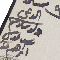
ولد سادكم ىوسف موسى ابراهم